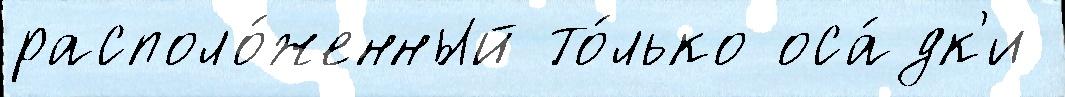
располо́женный то́лько оса́дк'и